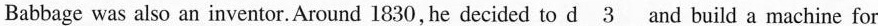
Babbage was also an inventor. Around 1830, he decided to \underline{d 3 } and build a machine for